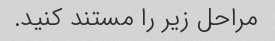
مراحل زیر را مستند کنید.